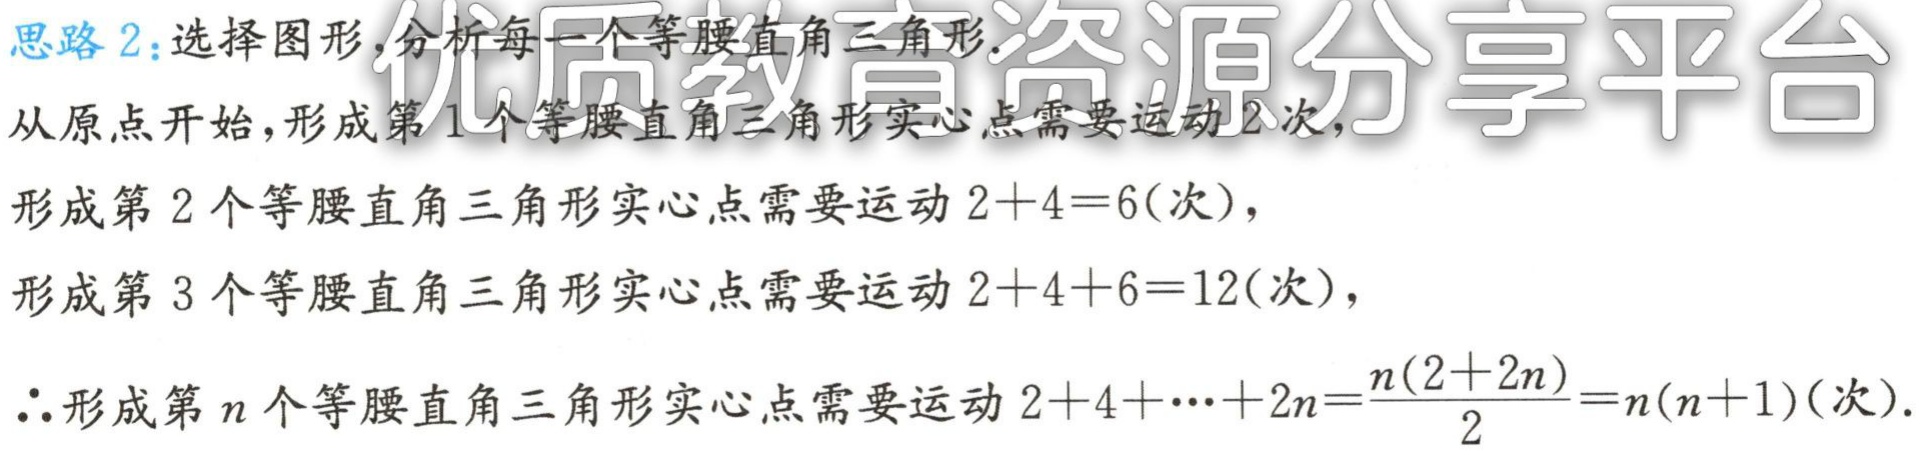
思路 2：选择图形，分析每一个等腰直角三角形.

从原点开始，形成第 1 个等腰直角三角形实心点需要运动 2 次，

形成第 2 个等腰直角三角形实心点需要运动 \(2 + 4 = 6\)(次)，

形成第 3 个等腰直角三角形实心点需要运动 \(2 + 4 + 6 = 12\)(次)，

\(\therefore\)形成第 \(n\) 个等腰直角三角形实心点需要运动 \(2 + 4 + \cdots + 2n=\frac{n(2 + 2n)}{2}=n(n + 1)\)(次).